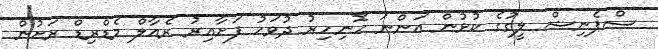
ސްޕެނިޝް ލީގުގެ ކުޅުން އަންނަ ހޮނިހިރު ދުވަހު ފަށާއިރު ރެއާލް މެޑްރިޑް ރަށުން